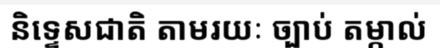
និទ្ទេសជាតិ តាមរយៈ ច្បាប់ តម្កាល់